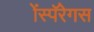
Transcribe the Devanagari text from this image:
ॲस्पॅरेगस